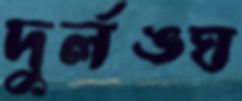
দুর্লঙ্ঘ